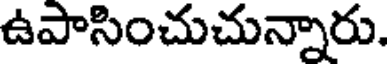
ఉపాసించుచున్నారు.